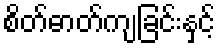
စိတ်ဓာတ်ကျခြင်းနှင့်